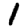
Digit: 1